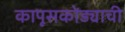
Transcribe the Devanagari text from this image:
कापूसकोंड्याची